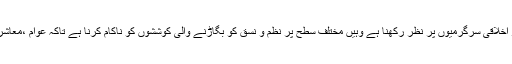
یہ صحیح ہے کہ پولیس کی ذمہ داریوں میں اہم ترین ذمہ داری غیر اخلاقی سرگرمیوں پر نظر رکھنا ہے وہیں مختلف سطح پر نظم و نسق کو بگاڑنے والی کوششوں کو ناکام کرنا ہے تاکہ عوام ،معاشرہ اور ملک مختلف قسم کی دشواریوں کا سامنا کرنے سے بچ جائیں۔